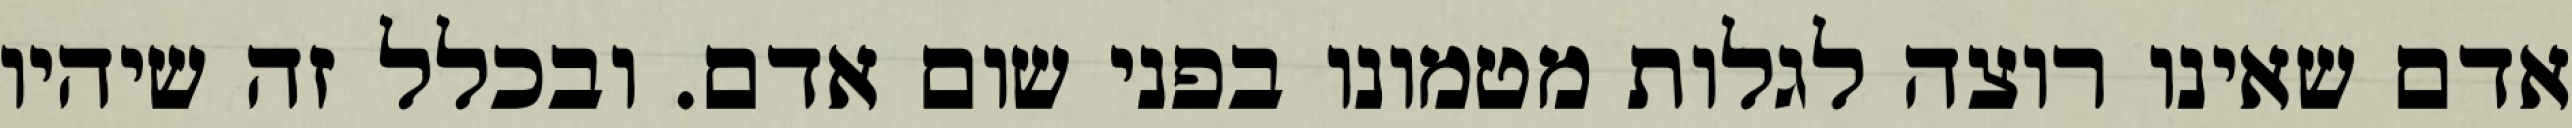
אדם שאינו רוצה לגלות מטמונו בפני שום אדם. ובכלל זה שיהיו